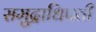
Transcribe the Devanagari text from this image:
समुद्राधिपती